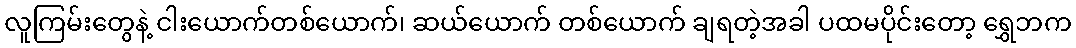
လူကြမ်းတွေနဲ့ ငါးယောက်တစ်ယောက်၊ ဆယ်ယောက် တစ်ယောက် ချရတဲ့အခါ ပထမပိုင်းတော့ ရွှေဘက